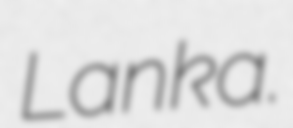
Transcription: Lanka.